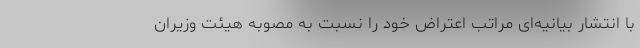
با انتشار بیانیه‌ای مراتب اعتراض خود را نسبت به مصوبه هیئت وزیران